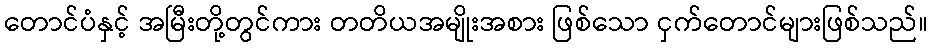
တောင်ပံနှင့် အမြီးတို့တွင်ကား တတိယအမျိုးအစား ဖြစ်သော ငှက်တောင်များဖြစ်သည်။